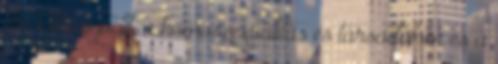
dr. takács judit, a homoszexualitás és társadalom és a